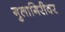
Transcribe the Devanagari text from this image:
गुलागिरीवर